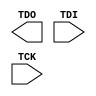
module JTAG_SpW #()
               ( output TDO,
                 input TDI,
		   input TCK
                );


endmodule